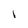
Character: I